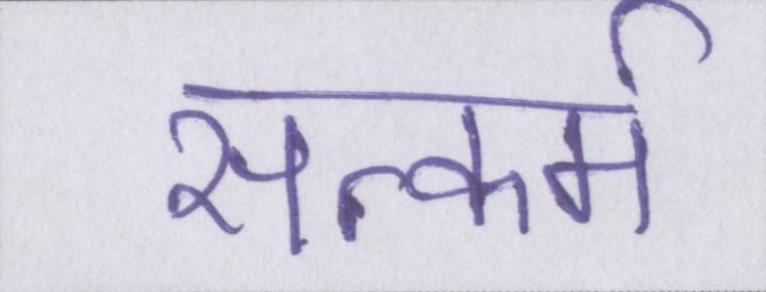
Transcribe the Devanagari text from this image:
सत्कर्म